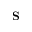
\mathbf { S }